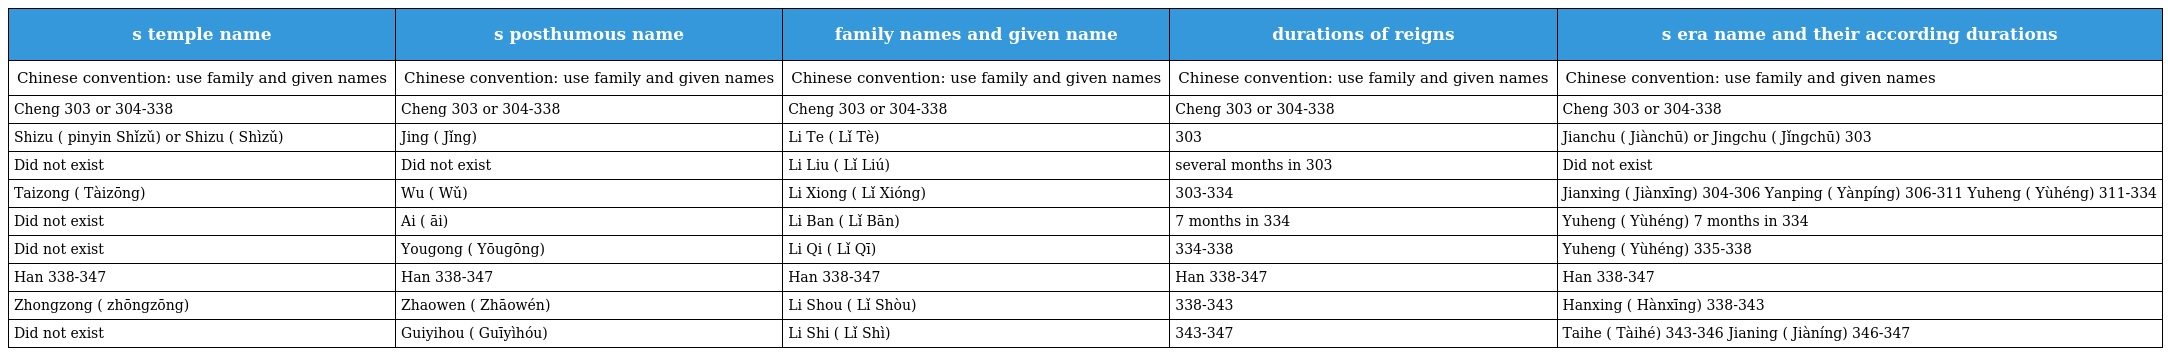
| s temple name | s posthumous name | family names and given name | durations of reigns | s era name and their according durations |
 | --- | --- | --- | --- | --- |
 | Chinese convention: use family and given names | Chinese convention: use family and given names | Chinese convention: use family and given names | Chinese convention: use family and given names | Chinese convention: use family and given names |
 | Cheng 303 or 304-338 | Cheng 303 or 304-338 | Cheng 303 or 304-338 | Cheng 303 or 304-338 | Cheng 303 or 304-338 |
 | Shizu (始祖 pinyin Shǐzǔ) or Shizu (世祖 Shìzǔ) | Jing (景 Jǐng) | Li Te (李特 Lǐ Tè) | 303 | Jianchu (建初 Jiànchū) or Jingchu (景初 Jǐngchū) 303 |
 | Did not exist | Did not exist | Li Liu (李流 Lǐ Liú) | several months in 303 | Did not exist |
 | Taizong (太宗 Tàizōng) | Wu (武 Wǔ) | Li Xiong (李雄 Lǐ Xióng) | 303-334 | Jianxing (建興 Jiànxīng) 304-306 Yanping (晏平 Yànpíng) 306-311 Yuheng (玉衡 Yùhéng) 311-334 |
 | Did not exist | Ai (哀 āi) | Li Ban (李班 Lǐ Bān) | 7 months in 334 | Yuheng (玉衡 Yùhéng) 7 months in 334 |
 | Did not exist | Yougong (幽公 Yōugōng) | Li Qi (李期 Lǐ Qī) | 334-338 | Yuheng (玉恆 Yùhéng) 335-338 |
 | Han 338-347 | Han 338-347 | Han 338-347 | Han 338-347 | Han 338-347 |
 | Zhongzong (中宗 zhōngzōng) | Zhaowen (昭文 Zhāowén) | Li Shou (李壽 Lǐ Shòu) | 338-343 | Hanxing (漢興 Hànxīng) 338-343 |
 | Did not exist | Guiyihou (歸義侯 Guīyìhóu) | Li Shi (李勢 Lǐ Shì) | 343-347 | Taihe (太和 Tàihé) 343-346 Jianing (嘉寧 Jiàníng) 346-347 |